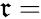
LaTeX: \mathfrak{r}=